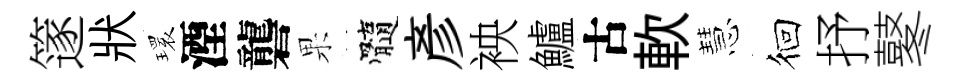
篴狀𤨔湮礱果髓彦䘧鱸古軟慧徊抒鼕